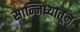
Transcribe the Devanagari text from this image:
सान्निध्यातून